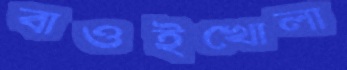
বাওইখোলা